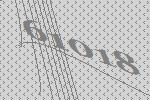
61018